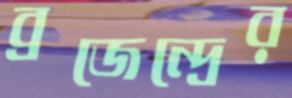
ব্রজেন্দ্রের